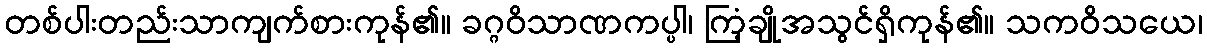
တစ်ပါးတည်းသာကျက်စားကုန်၏။ ခဂ္ဂဝိသာဏကပ္ပါ၊ ကြံ့ချိုအသွင်ရှိကုန်၏။ သကဝိသယေ၊